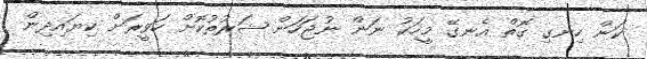
ކަން ހިނގި ގޮތް އެނގޭ މީހަކު ނަން ނުޖަހަން ޝަރުތުކޮށް ހަވީރަށް ކިޔައިދިން